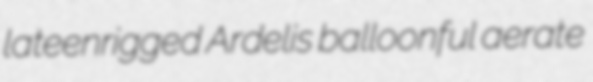
lateenrigged Ardelis balloonful aerate